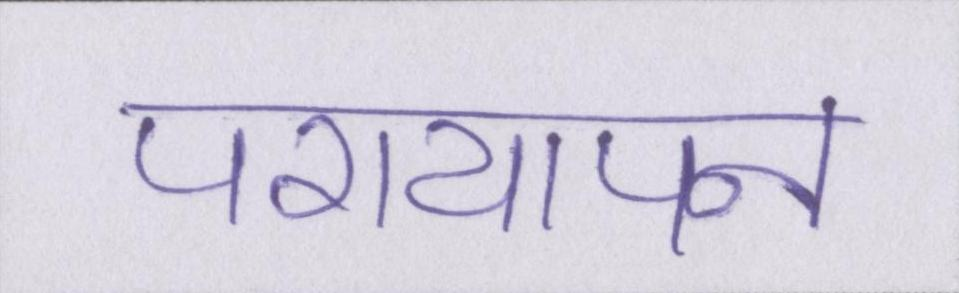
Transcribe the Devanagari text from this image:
परायापन